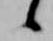
候